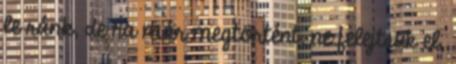
le ránk, de ha már megtörtént, ne felejtsük el,